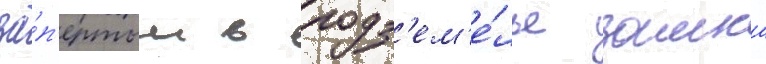
за́п'ертым в подз'ем'е́лье замка